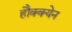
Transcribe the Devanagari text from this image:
हौक्क्येन